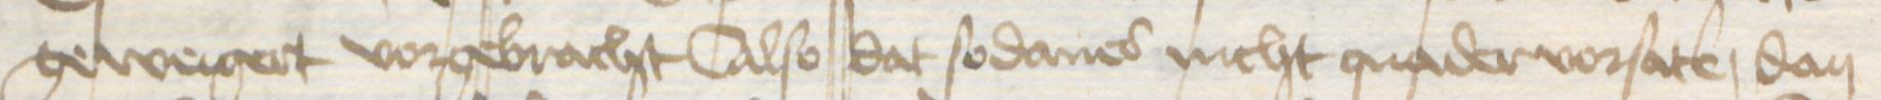
Transcription: geweigert vorgebracht Also dat sodanes nicht quader vorsate, dan